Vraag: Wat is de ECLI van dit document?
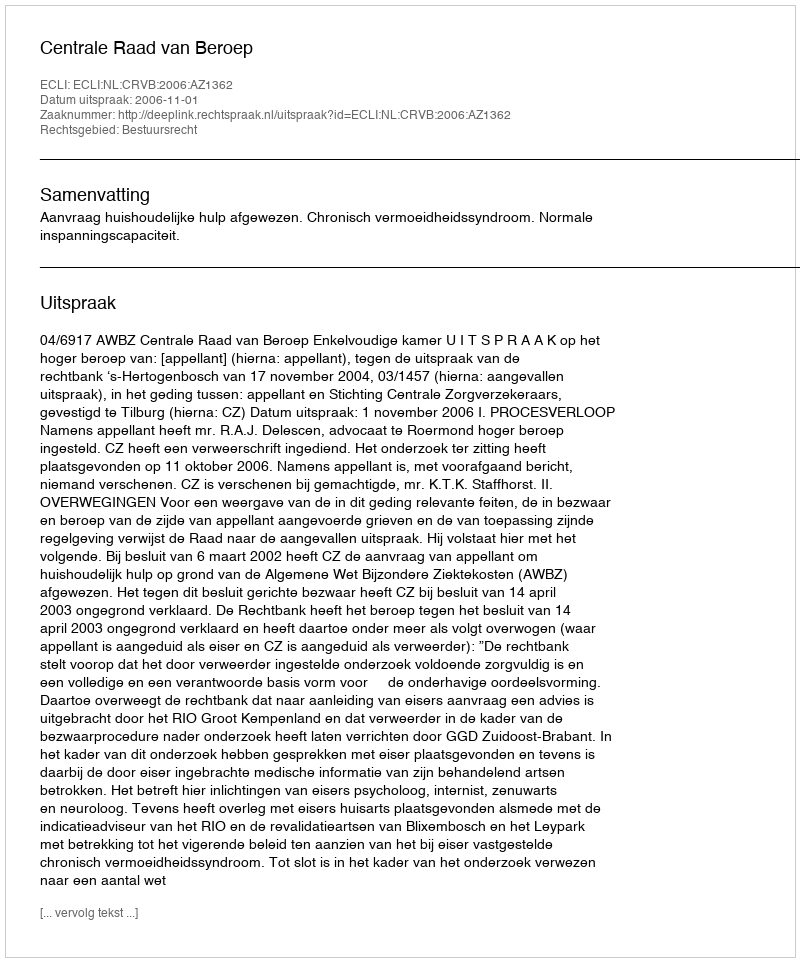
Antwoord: ECLI:NL:CRVB:2006:AZ1362